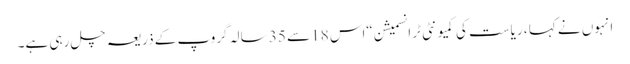
انہوں نے کہا ، ریاست کی کمیونٹی ٹرانسمیشن “اس 18 سے 35 سالہ گروپ کے ذریعہ چل رہی ہے۔